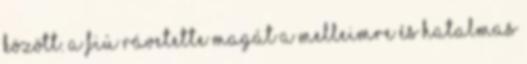
között. A fiú rávetette magát a melleimre és hatalmas